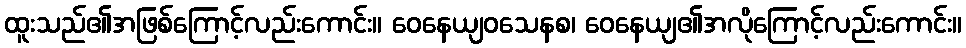
ထူးသည်၏အဖြစ်ကြောင့်လည်းကောင်း။ ဝေနေယျဝသေနစ၊ ဝေနေယျ၏အလိုကြောင့်လည်းကောင်း။